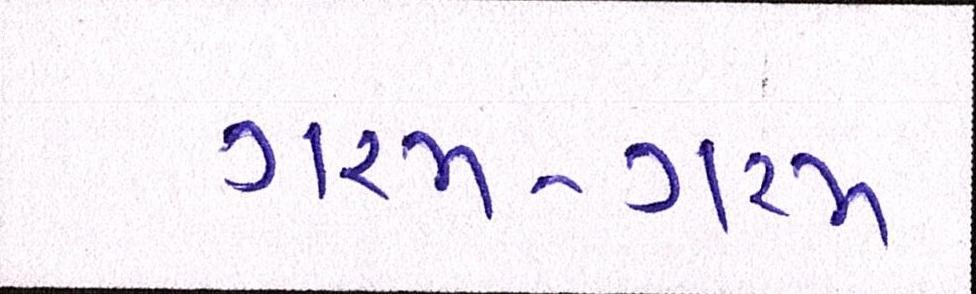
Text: ગરમ-ગરમ